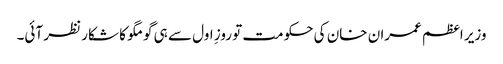
وزیر اعظم عمران خان کی حکومت تو روزِ اول سے ہی گومگو کا شکار نظر آئی۔